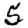
Digit: 5